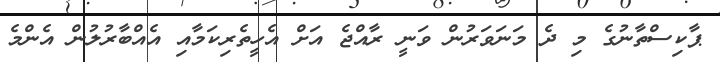
ޕާކިސްތާނުގެ މި ދެ މަނަވަރުން ވަނީ ރާއްޖެ އަށް އެހީތެރިކަމާއި އެއްބާރުލުން އެންމެ